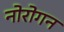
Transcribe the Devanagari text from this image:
नोरोगन